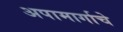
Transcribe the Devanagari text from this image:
अपामार्गाचे